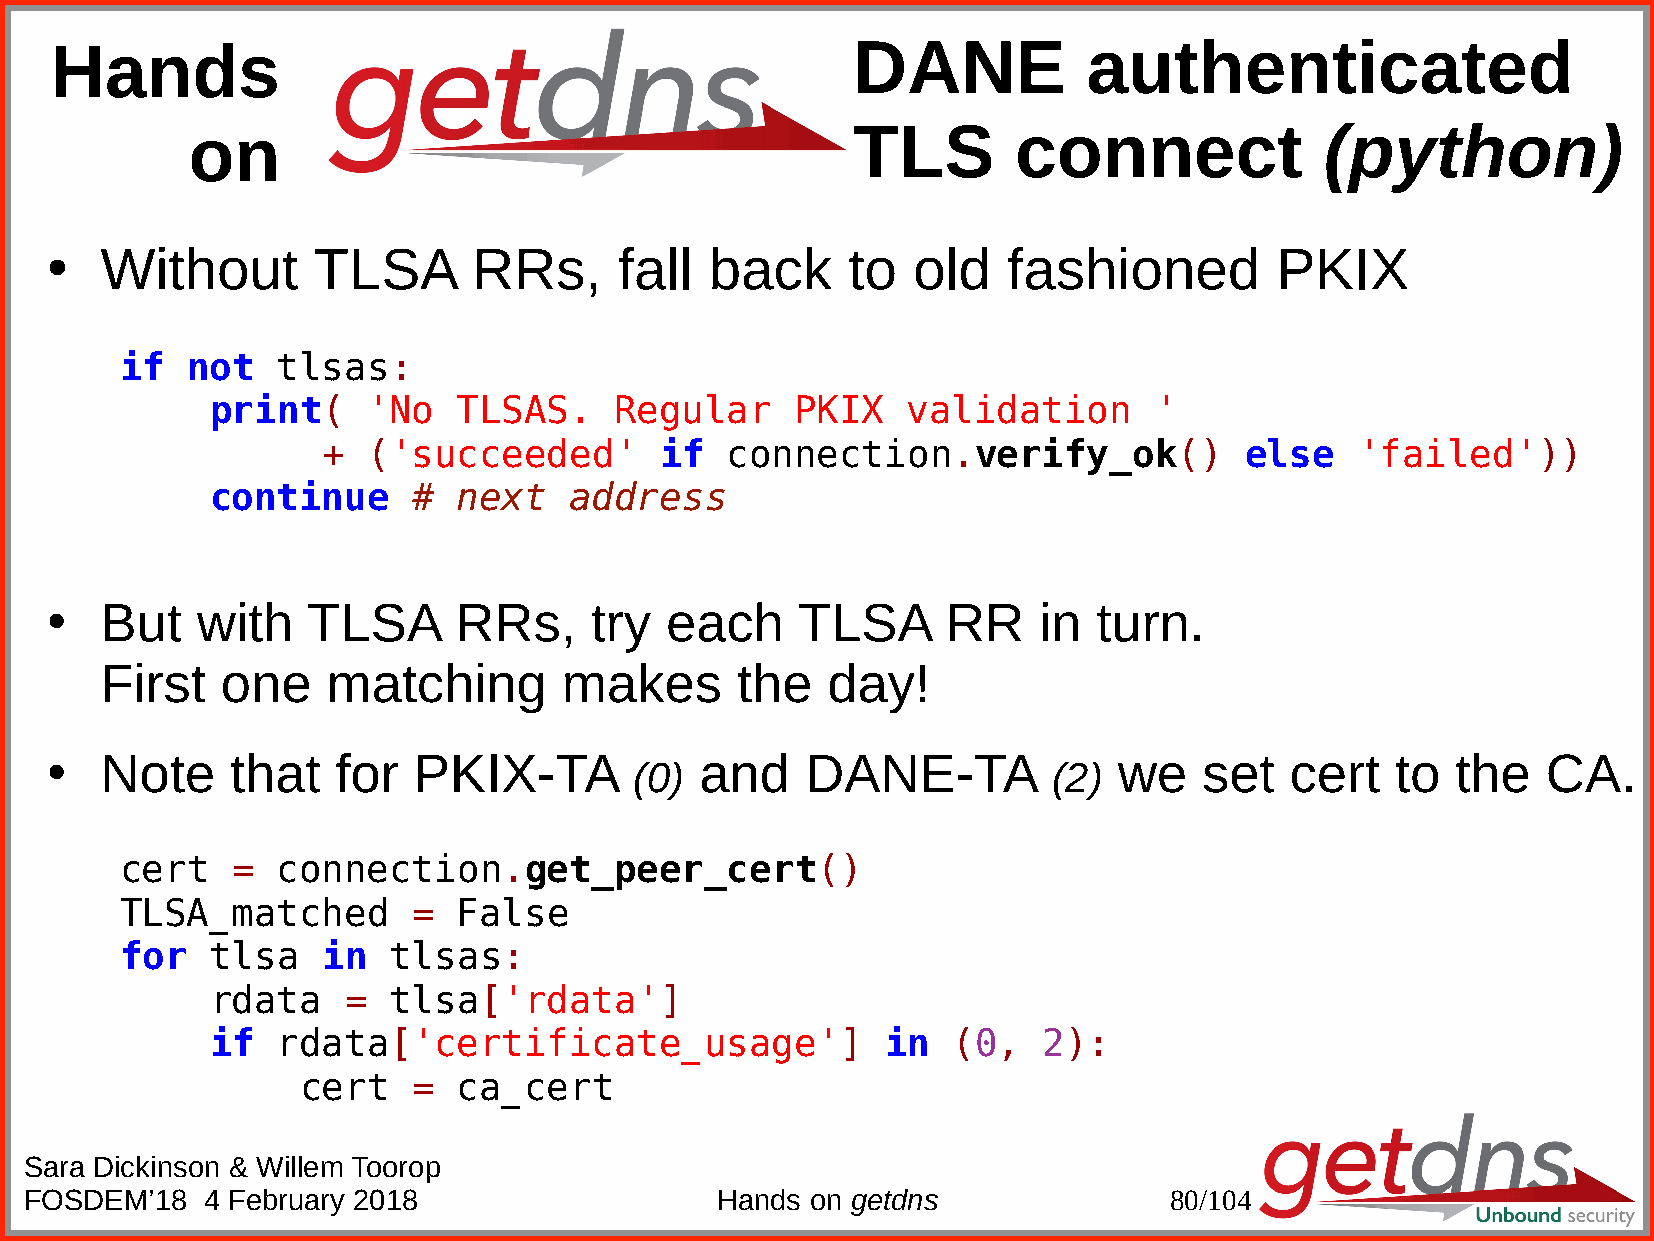
Hands                                                DANE            authenticated
 on                                          TLS        connect              (python)
 Without       TLSA      RRs,      fall  back     to  old    fashioned        PKIX
 ●
 if  not   tlsas:
 print(    'No   TLSAS.     Regular     PKIX   validation      '
 +  ('succeeded'        if  connection.verify_ok()            else    'failed'))
 continue     #  next    address
 But   with   TLSA      RRs,     try  each     TLSA      RR    in  turn.
 ●
 First   one    matching       makes       the   day!
 Note    that   for  PKIX-TA            and    DANE-TA              we    set  cert   to  the   CA.
 ●                                      (0)                         (2)
 cert   =  connection.get_peer_cert()
 TLSA_matched       =  False
 for   tlsa   in   tlsas:
 rdata    =  tlsa['rdata']
 if  rdata['certificate_usage']               in  (0,   2):
 cert   =  ca_cert
 Sara Dickinson & Willem Toorop
 FOSDEM’18  4 February 2018                   Hands  on getdns              80/104